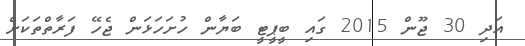
އަދި 30 ޖޫން 2015 ގައި ބީޕީޓީ ބަޔާން ހުށަހަޅަން ޖެހޭ ފަރާތްތަކަށް